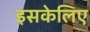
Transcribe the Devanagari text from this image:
इसकेलिए